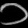
Digit: ၁